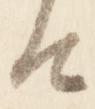
由